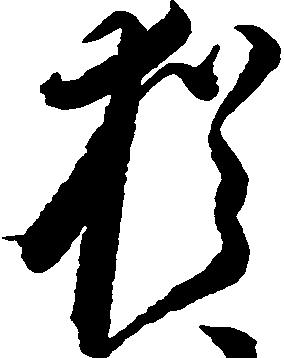
猶